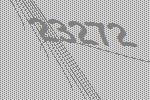
23272